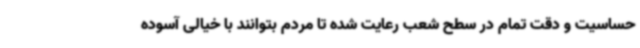
حساسیت و دقت تمام در سطح شعب رعایت شده تا مردم بتوانند با خیالی آسوده